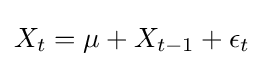
X_{t}=\mu +X_{t-1}+\epsilon _{t}